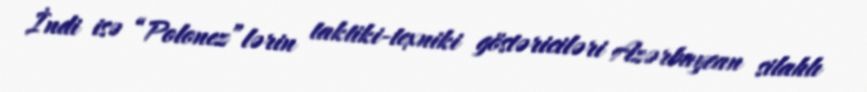
İndi isə “Polonez”lərin taktiki-texniki göstəriciləri Azərbaycan silahlı